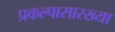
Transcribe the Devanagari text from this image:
प्रकल्पासारख्या